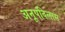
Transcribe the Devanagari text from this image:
अनूपविलास